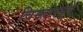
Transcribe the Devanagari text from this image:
विस्तारपूर्व